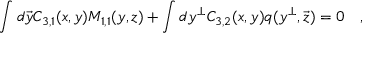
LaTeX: \int d \vec { y } C _ { 3 , 1 } ( x , y ) M _ { 1 , 1 } ( y , z ) + \int d y ^ { \bot } C _ { 3 , 2 } ( x , y ) q ( y ^ { \bot } , \vec { z } ) = 0 \quad ,